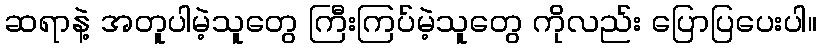
ဆရာနဲ့ အတူပါမဲ့သူတွေ ကြီးကြပ်မဲ့သူတွေ ကိုလည်း ပြောပြပေးပါ။